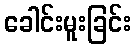
ခေါင်းမူးခြင်း